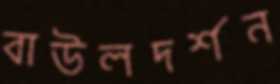
বাউলদর্শন